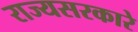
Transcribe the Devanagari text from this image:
राज्यसरकारे